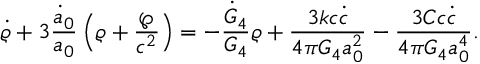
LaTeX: \dot { \varrho } + 3 { \frac { \dot { a } _ { 0 } } { a _ { 0 } } } \left( \varrho + { \frac { \wp } { c ^ { 2 } } } \right) = - { \frac { \dot { G } _ { 4 } } { G _ { 4 } } } \varrho + { \frac { 3 k c \dot { c } } { 4 \pi G _ { 4 } a _ { 0 } ^ { 2 } } } - { \frac { 3 { \cal C } c \dot { c } } { 4 \pi G _ { 4 } a _ { 0 } ^ { 4 } } } .